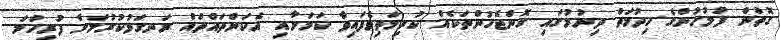
ގޮތުން ފުލުހުންގެ ހިދުމަތް ދިނުމުގައި ގޮންޖެހުންތަކެއް ކުރިމަތިވެފައިވާ ކަމަށާއި އެކަންތައްތައް ރަނގަޅުކުރުމަށް ފުރިހަމަ